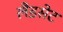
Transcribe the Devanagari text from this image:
लैंडसेट